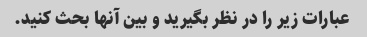
عبارات زیر را در نظر بگیرید و بین آنها بحث کنید.